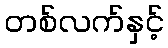
တစ်လက်နှင့်